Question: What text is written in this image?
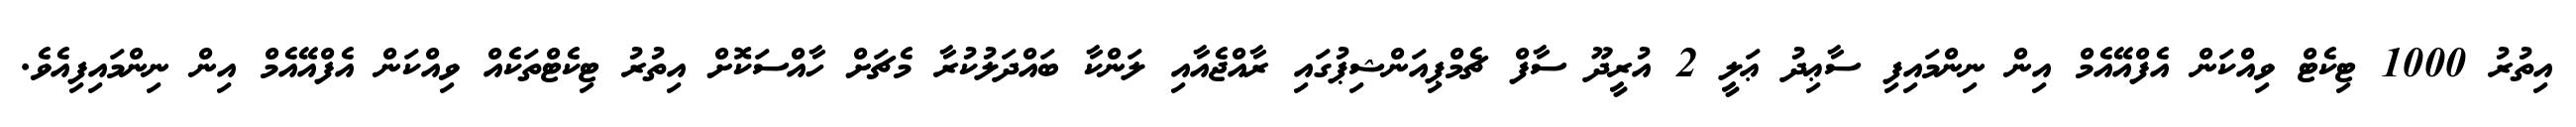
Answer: އިތުރު 1000 ޓިކެޓް ވިއްކަން އެފްއޭއެމް އިން ނިންމައިފި ސާޢިދު ޢަލީ 2 އުރީދޫ ސާފް ޗެމްޕިއަންޝިޕުގައި ރާއްޖެއާއި ލަންކާ ބައްދަލުކުރާ މެޗަށް ހާއްސަކޮށް އިތުރު ޓިކެޓްތަކެއް ވިއްކަން އެފްއޭއެމް އިން ނިންމައިފިއެވެ.